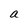
Character: a